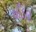
ચીડાય